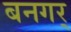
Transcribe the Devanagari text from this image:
बनगर्